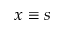
x \equiv s